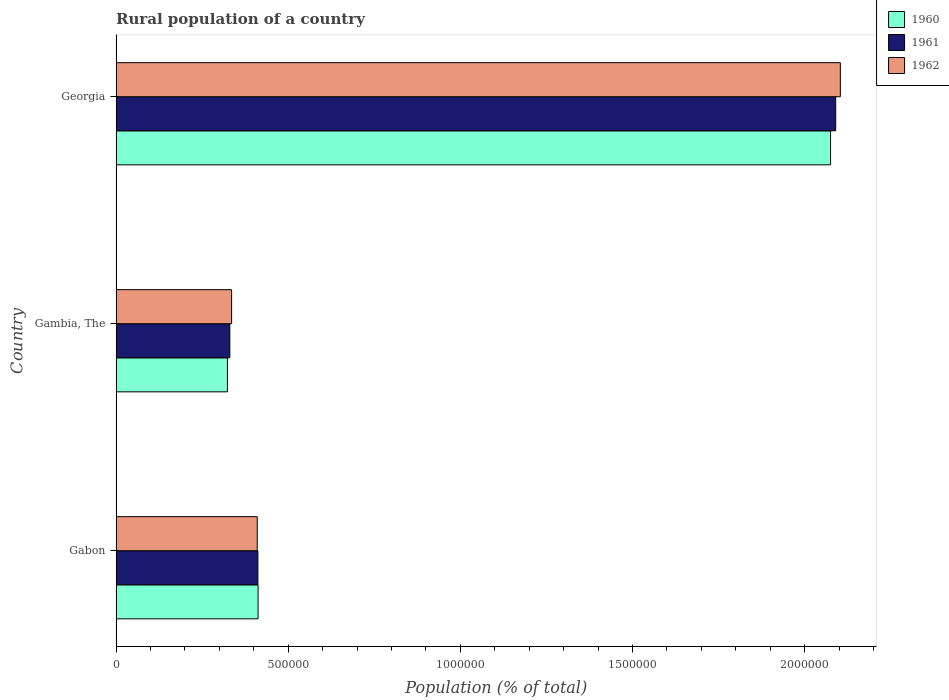
| Country | 1960 | 1961 | 1962 |
 | --- | --- | --- | --- |
 | Gabon | 4.12e+05 | 4.12e+05 | 4.1e+05 |
 | Gambia, The | 3.23e+05 | 3.3e+05 | 3.35e+05 |
 | Georgia | 2.08e+06 | 2.09e+06 | 2.1e+06 |